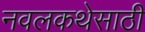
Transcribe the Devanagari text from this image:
नवलकथेसाठी